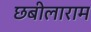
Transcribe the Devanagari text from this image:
छबीलाराम